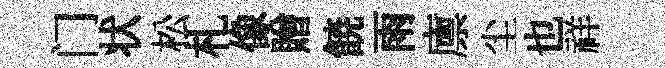
门状松札像贈𩜙雨廪尘也祥